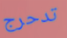
تدحرج